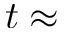
t \approx